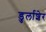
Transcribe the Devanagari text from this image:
डुर्लाशेर